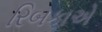
રિબકાએ